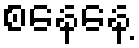
စနေနေ့